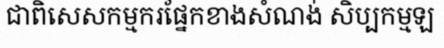
ជាពិសេសកម្មករផ្នែកខាងសំណង់ សិប្បកម្មឡ